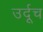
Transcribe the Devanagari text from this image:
उर्दूच